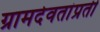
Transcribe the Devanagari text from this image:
ग्रामदेवतांप्रती